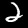
Digit: 2